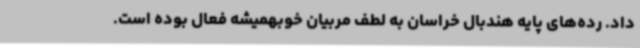
داد. رده‌های پایه هندبال خراسان به لطف مربیان خوبهمیشه فعال بوده است.